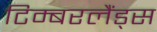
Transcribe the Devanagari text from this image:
टिम्बरलैंड्स